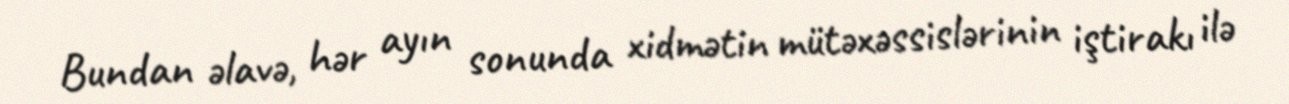
Bundan əlavə, hər ayın sonunda xidmətin mütəxəssislərinin iştirakı ilə